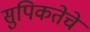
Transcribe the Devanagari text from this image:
सुपिकतेचे